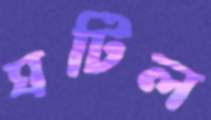
ঘটিল